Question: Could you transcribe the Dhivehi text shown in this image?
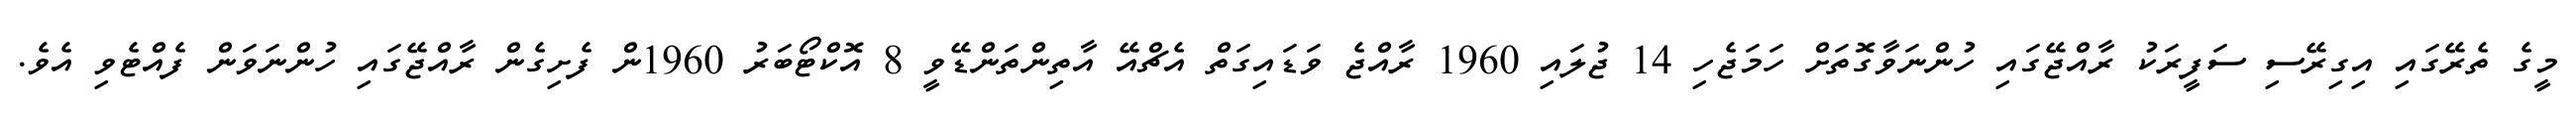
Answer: މީގެ ތެރޭގައި އިގިރޭސި ސަފީރަކު ރާއްޖޭގައި ހުންނަވާގޮތަށް ހަމަޖެހި 14 ޖުލައި 1960 ރާއްޖެ ވަޑައިގަތް އެޗްއޭ އާތިންތަންޑޭވީ 8 އޮކްޓޯބަރު 1960ން ފެށިގެން ރާއްޖޭގައި ހުންނަވަން ފެއްޓެވި އެވެ.